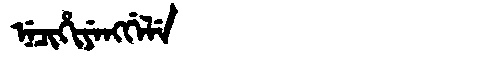
Manchu: ᠨᡝᠴᡳᡥᡳᠶᡝᠩᡤᡝᠯᡝ
Romanization: NECIHIYENGGELE